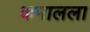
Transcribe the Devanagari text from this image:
कमालला